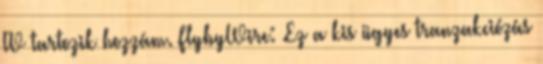
TV tartozik hozzám. FlybyWire: .Ez a kis ügyes tranzakciózás